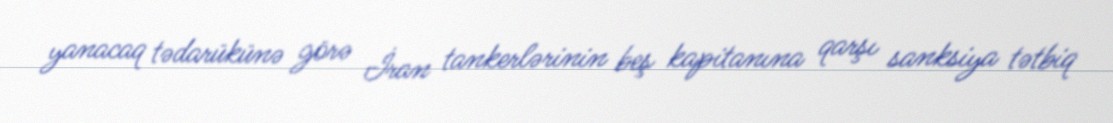
yanacaq tədarükünə görə İran tankerlərinin beş kapitanına qarşı sanksiya tətbiq